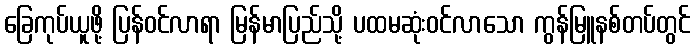
ခြေကုပ်ယူဖို့ ပြန်ဝင်လာရာ မြန်မာပြည်သို့ ပထမဆုံးဝင်လာသော ကွန်မြူနစ်တပ်တွင်